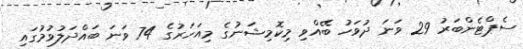
ސެޕްޓެންބަރު 29 ވަނަ ދުވަހު ބޭއްވި މިކޮމިޝަނުގެ މިއަހަރުގެ 74 ވަނަ ބައްދަލުވުމުގައި